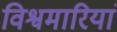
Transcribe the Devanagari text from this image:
विश्वमारियां